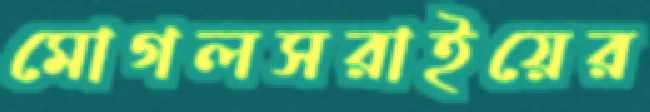
মোগলসরাইয়ের